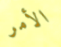
الأمر